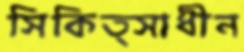
সিকিত্সাধীন